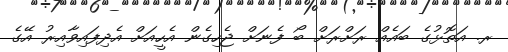
ރ. އަތޮޅުގެ ބައެއް ރަށްރަށް ބޯ ފެނަށް ޖެހިގެން އެހީއަށް އެދިފައިވާއިރު އޭގެ